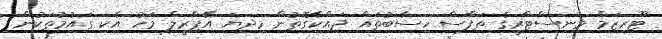
ޓޫރިޒަމް މިނިސްޓްރީގެ ތަފާސް ހިސާބުތައް ދައްކާގޮތުން މިދިޔަ އޭޕްރީލް މަހު އެކި ގައުމުތަކުން